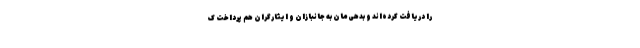
را دریافت کرده‌اند و بدهی‌مان به جانبازان و ایثارگران هم پرداخت ک